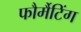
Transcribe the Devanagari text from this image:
फौर्मैटिंग